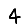
Digit: 4